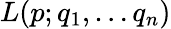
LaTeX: L(p;q_{1},\ldots q_{n})